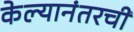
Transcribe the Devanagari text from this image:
केल्यानंतरची